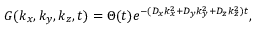
G ( k _ { x } , k _ { y } , k _ { z } , t ) = \Theta ( t ) e ^ { - ( { D _ { x } } { k _ { x } ^ { 2 } } + { D _ { y } } { k _ { y } ^ { 2 } } + { D _ { z } } { k _ { z } ^ { 2 } } ) t } ,